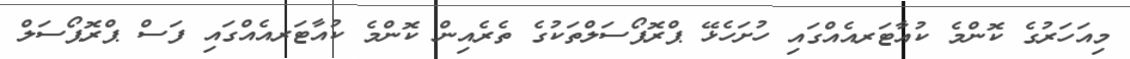
މިއަހަރުގެ ކޮންމެ ކުއާޓަރއެއްގައި ހުށަހެޅޭ ޕްރޮޕޯސަލްތަކުގެ ތެރެއިން ކޮންމެ ކުއާޓަރއެއްގައި ފަސް ޕްރޮޕޯސަލް